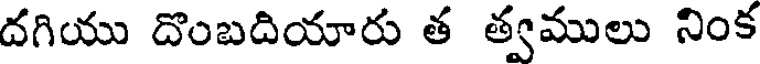
దగియు దొంబదియారు త త్వములు నింక